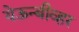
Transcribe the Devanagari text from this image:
येऊन्बीव्हर